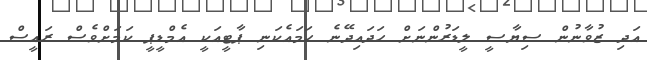
އަދި ޒުވާނުން ސިޔާސީ ލީޑަރުންނަށް ހަދައިދޭނެ ހަމައެކަނި ޕާޓީއަކީ އެމްޑީޕީ ކަމަށްވެސް ރައީސް